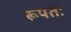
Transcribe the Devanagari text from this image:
रूपतः